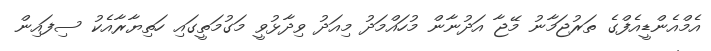
އެމްއެންޑީއެފްގެ ތަރުޖަމާނު މޭޖާ އަދުނާން މުހައްމަދު މިއަދު ވިދާޅުވީ މަގުމަތީގައި ހަތިޔާރާއެކު ސިފައިން